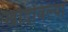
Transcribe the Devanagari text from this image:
खोदविल्या